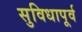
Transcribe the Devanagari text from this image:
सुविधापूर्व